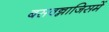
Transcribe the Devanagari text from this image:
बसवन्नाजिसमें